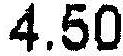
4.50